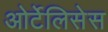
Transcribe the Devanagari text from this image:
ओर्टेलिसेस